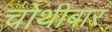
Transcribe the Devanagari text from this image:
चोथीबार